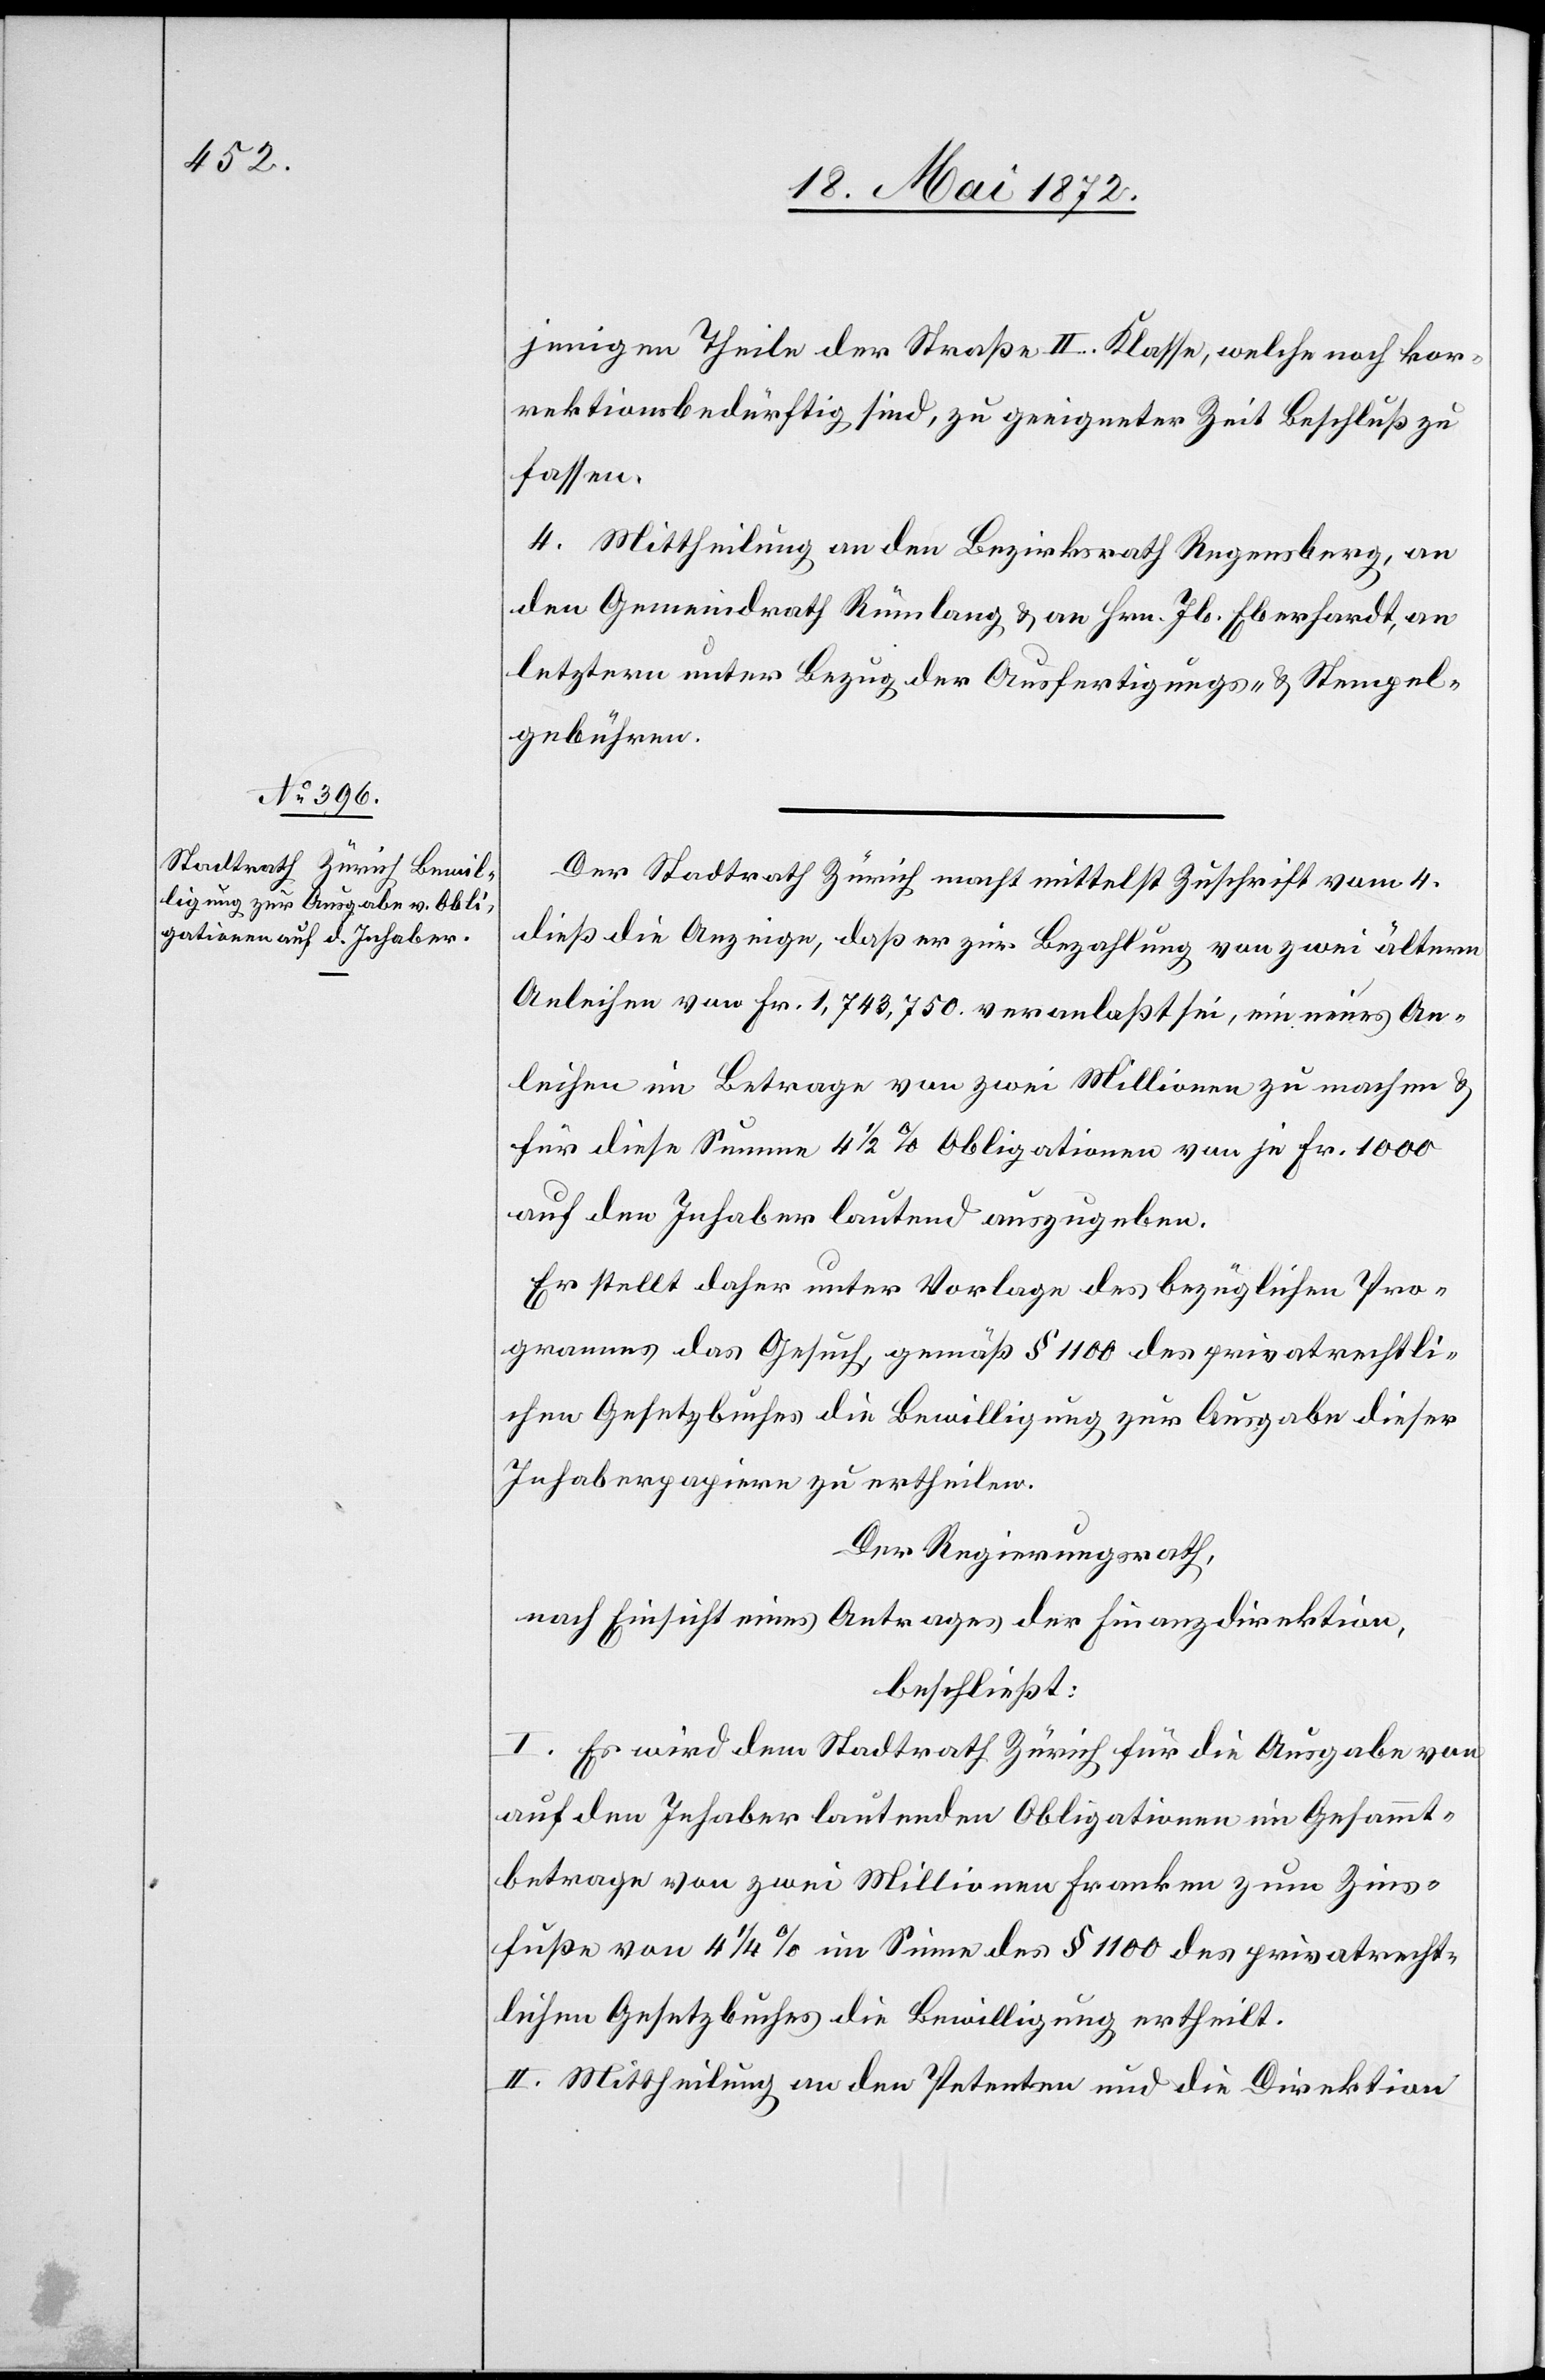
jenige Theile der Straße II. Klasse, welche noch kor¬
rektionsbedürftig sind, zu geeigneter Zeit Beschluß zu
fassen.
4. Mittheilung an den Bezirksrath Regensberg, an
den Gemeindrath Rümlang u. an Hrn. Jb. Eberhardt, an
letztern unter Bezug der Ausfertigungs- u. Stempel¬
gebühren.
Der Stadtrath Zürich macht mittelst Zuschrift vom 4.
dieß die Anzeige, daß er zur Bezahlung von zwei ältern
Anleihen von Fr. 1,743,750. veranlaßt sei, ein neues An¬
leihen im Betrage von zwei Millionen zu machen u.
für diese Summe 4 1/2 % Obligationen von je Fr. 1000
auf den Inhaber lautend auszugeben.
Er stellt daher unter Vorlage des bezüglichen Pro¬
grammes das Gesuch, gemäß § 1100 des privatrechtli¬
chen Gesetzbuches die Bewilligung zur Ausgabe dieser
Inhaberpapiere zu ertheilen.
Der Regierungsrath,
nach Einsicht eines Antrages der Finanzdirektion,
beschließt:
I. Es wird dem Stadtrath Zürich für die Ausgabe von
auf den Inhaber lautenden Obligationen im Gesammt¬
betrage von zwei Millionen Franken zum Zins¬
fuße von 4 1/2 % im Sinne des § 1100 des privatrecht¬
lichen Gesetzbuches die Bewilligung ertheilt.
II. Mittheilung an den Petenten und die Direktion